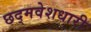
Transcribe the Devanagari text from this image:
छद्‍मवेशधारी